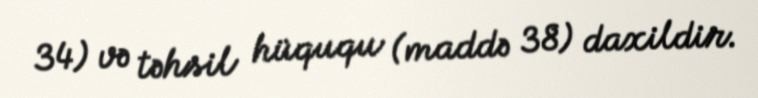
34) və təhsil hüququ (maddə 38) daxildir.